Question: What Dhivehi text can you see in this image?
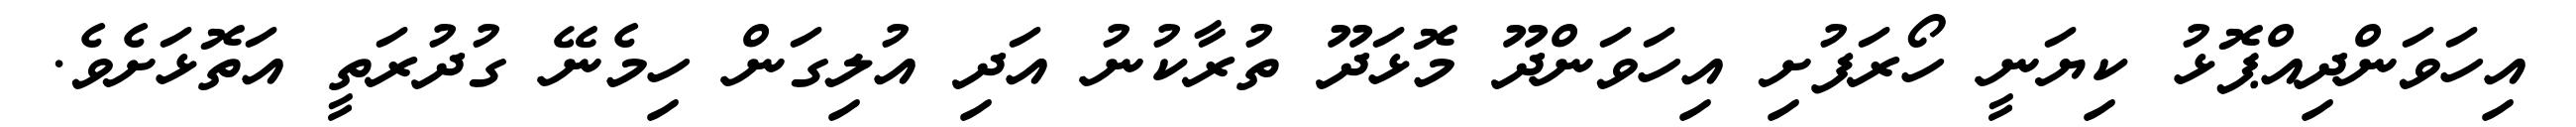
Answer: އިހަވަންދިއްޕޮޅު ކިޔަނީ ހޯރަފުށި އިހަވަންދޫ މޮޅަދޫ ތުރާކުނު އަދި އުލިގަން ހިމެނޭ ގުދުރަތީ އަތޮޅަށެވެ.